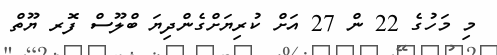
މި މަހުގެ 22 ން 27 އަށް ކުރިޔަށްގެންދިޔަ ބްލޫސް ފޮރ ޔޫތް